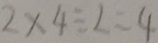
2 \times 4 \div 2 = 4